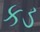
કડ